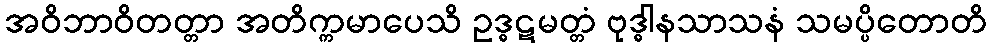
အဝိဘာဝိတတ္တာ အတိက္ကမာပေသိ ဥဒ္ဓဋမတ္တံ ဗုဒ္ဓါနသာသနံ သမပ္ပိတောတိ